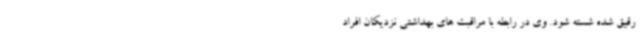
رقیق شده شسته شود. وی در رابطه با مراقبت های بهداشتی نزدیکان افراد